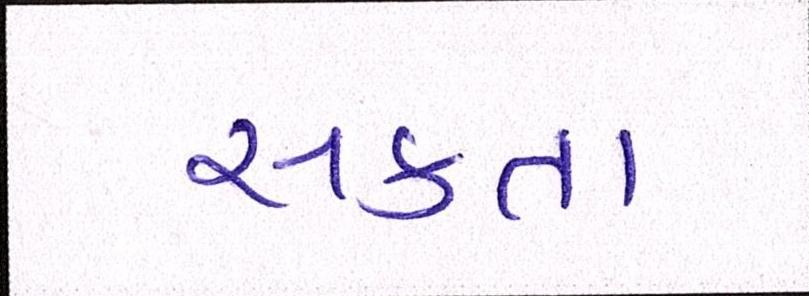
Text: સકતા